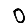
Digit: 0